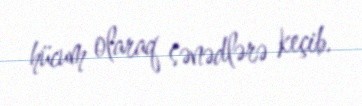
hücum olaraq sənədlərə keçib.